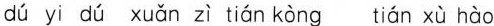
dú yi dú xuǎn zì tián kòng tián xù hào